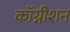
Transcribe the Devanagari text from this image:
कॉग्नीशन